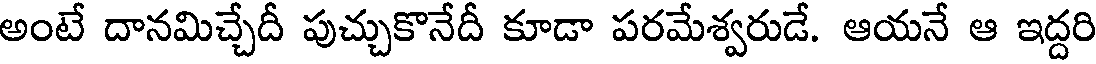
అంటే దానమిచ్చేదీ పుచ్చుకొనేదీ కూడా పరమేశ్వరుడే. ఆయనే ఆ ఇద్దరి